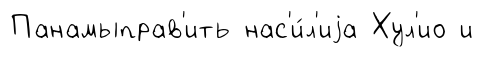
Панамыправ'ить нас'и́л'иjа Хул'ио и